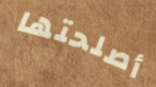
أصلحتها